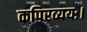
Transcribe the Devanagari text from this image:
कपिरव्ययः।